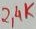
Text: 2,4K